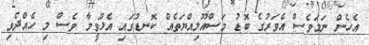
އެހެން ނަމަވެސް އެވަރުގެ ބޮޑު މަސްއޫލިއްޔަތެއް ކޮނޑުގައި އެޅުވީމާ ވެސް މި ހެއްދެވި